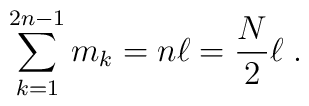
\sum^{2n-1}_{k=1}m_k = n\ell = {N\over 2}\ell\;.